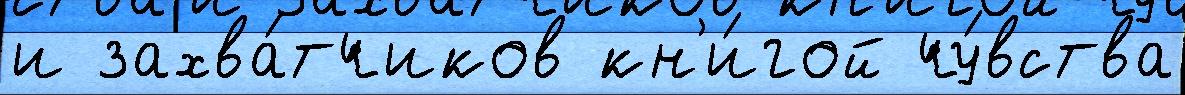
и захва́тчиков кн'и́гой чу́вства